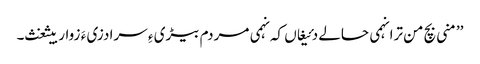
’’منی بچ من ترا نہمی حالے دئیغاں کہ نہمی مردم بیڑی ءِ سرا دزی ءَ زوار بیثغث۔